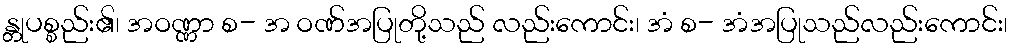
န္တုပစ္စည်း၏၊ အဝဏ္ဏာ စ- အ ဝဏ်အပြုတို့သည် လည်းကောင်း၊ အံ စ- အံအပြုသည်လည်းကောင်း၊